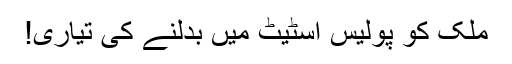
ملک کو پولیس اسٹیٹ میں بدلنے کی تیاری!